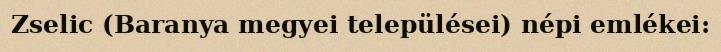
Zselic (Baranya megyei települései) népi emlékei: